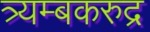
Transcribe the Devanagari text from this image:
त्र्यम्बकरुद्र